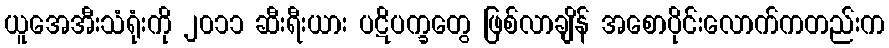
ယူအေအီးသံရုံးကို ၂၀၁၁ ဆီးရီးယား ပဋိပက္ခတွေ ဖြစ်လာချိန် အစောပိုင်းလောက်ကတည်းက